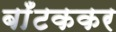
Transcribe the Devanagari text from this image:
बाँटककर